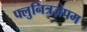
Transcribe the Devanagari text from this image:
फ्लुनित्रज़ेपम